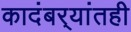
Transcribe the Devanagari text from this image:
कादंबर्‍यांतही